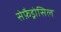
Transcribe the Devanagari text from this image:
सेफ़ैड्रोसिल